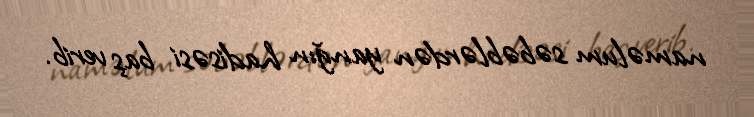
naməlum səbəblərdən yanğın hadisəsi baş verib.